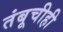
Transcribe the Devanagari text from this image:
तंबूचीही